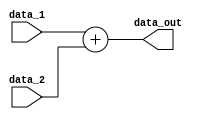
module Adder
(
    data_1,
    data_2,
    data_out
);

// Interface    
input   [31:0]      data_1;
input   [31:0]      data_2;
output  [31:0]      data_out;

// Instruction memory
// assign next_pc = previous_pc + 32'b00000000000000000000000000000100; 
assign data_out = data_1 + data_2;

endmodule